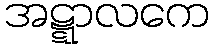
အဋ္ဋာလကေ